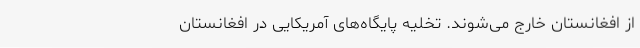
از افغانستان خارج می‌شوند. تخلیه پایگاه‌های آمریکایی در افغانستان